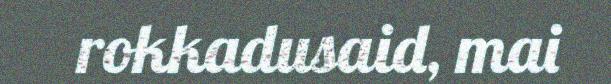
rokkadusaid, mai